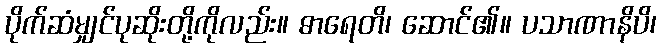
ပိုက်ဆံမျှင်ပုဆိုးတို့ကိုလည်း။ ဓာရေတိ၊ ဆောင်၏။ ပသာဏာနိပိ၊